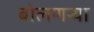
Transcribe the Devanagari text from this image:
बोलणऱ्या